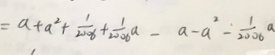
= a + a ^ { 2 } + \frac { 1 } { 2 0 0 6 } + \frac { 1 } { 2 0 0 6 } a - a - a ^ { 2 } - \frac { 1 } { 2 0 0 6 } a